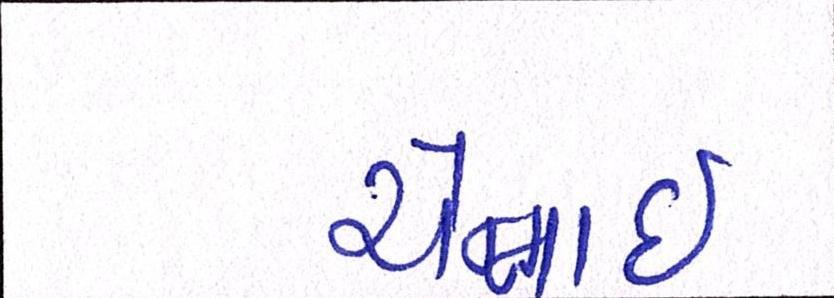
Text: ચેન્નાઇ